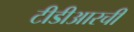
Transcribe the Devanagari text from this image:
टीडीआरची